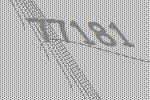
77181